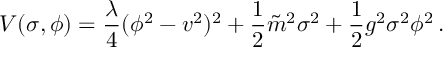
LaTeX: V ( \sigma , \phi ) = { \frac { \lambda } { 4 } } ( \phi ^ { 2 } - v ^ { 2 } ) ^ { 2 } + { \frac { 1 } { 2 } } \tilde { m } ^ { 2 } \sigma ^ { 2 } + { \frac { 1 } { 2 } } g ^ { 2 } \sigma ^ { 2 } \phi ^ { 2 } \, .